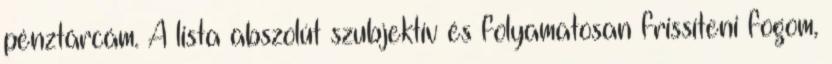
pénztárcám. A lista abszolút szubjektív és folyamatosan frissíteni fogom,